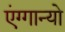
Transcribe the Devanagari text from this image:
एंग्गान्यो